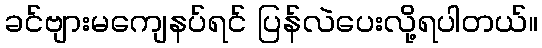
ခင်ဗျားမကျေနပ်ရင် ပြန်လဲပေးလို့ရပါတယ်။